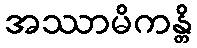
အဿာမိကန္တိ